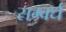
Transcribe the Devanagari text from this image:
सम्वर्ध